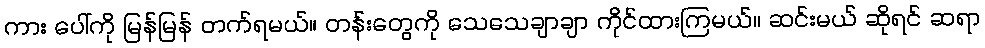
ကား ပေါ်ကို မြန်မြန် တက်ရမယ်။ တန်းတွေကို သေသေချာချာ ကိုင်ထားကြမယ်။ ဆင်းမယ် ဆိုရင် ဆရာ